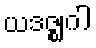
ယဒဇ္ဈဂါ